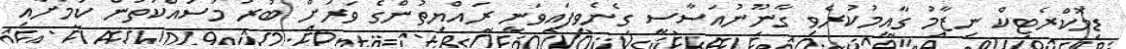
ޑިމޮކްރެޓިކް ނިޒާމު ގާއިމުކުރެވި ގާނޫނުއަސާސީ ގެނެވިފައިވަނީ ރައްޔިތުންގެ ވަރަށް ބުރަ މަސައްކަތުން ކަމަށާއި